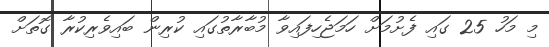
މި މަހު 25 ގައި ފެށުމަށް ހަމަޖެހިފައިވާ މުބާރާތުގައި ކުރިން ބައިވެރިކުރާ ގޮތަށް